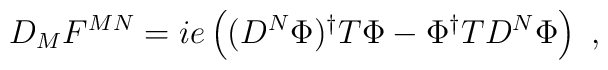
D_M F^{MN} = ie\left((D^N \Phi)^{\dagger} T\Phi -\Phi^{\dagger}TD^N\Phi\right)~,